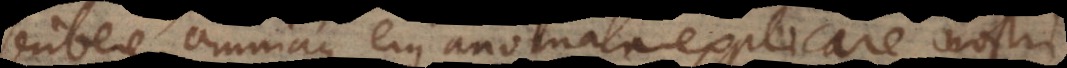
scribere, omniaque ejus anomala explicare nos